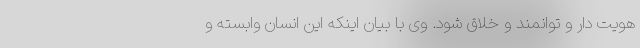
هویت دار و توانمند و خلاق شود. وی با بیان اینکه این انسان وابسته و